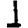
Digit: 1